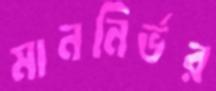
মাননির্ভর